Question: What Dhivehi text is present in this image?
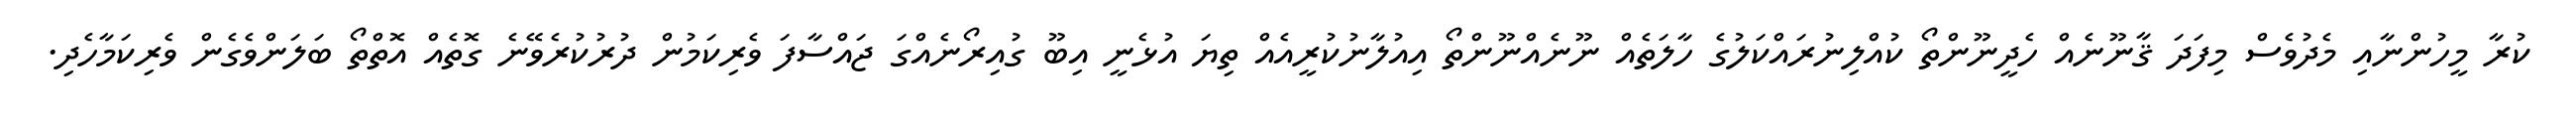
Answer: ކުރާ މީހުންނާއި މެދުވެސް މިފަދަ ޤާނޫނެއް ހެދީނޫންތޯ ކުއްލިނުރައްކަލުގެ ހާލަތެއް ނޫނެއްނޫންތޯ އިއުލާނުކުރީއެއް ތިޔަ އުޅެނީ އިބޫ ގުއިރޯނެއްގަ ޖައްސާފަ ވެރިކަމުން ދުރުކުރެވޭނެ ގޮތެއް އޮތްތޯ ބަލަންވެގެން ވެރިކަމާހެދި.